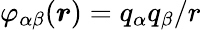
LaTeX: \varphi_{\alpha\beta}(\boldsymbol{r})=q_{\alpha}q_{\beta}/r